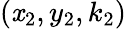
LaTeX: (\mathit{x}_{2},y_{2},k_{2})